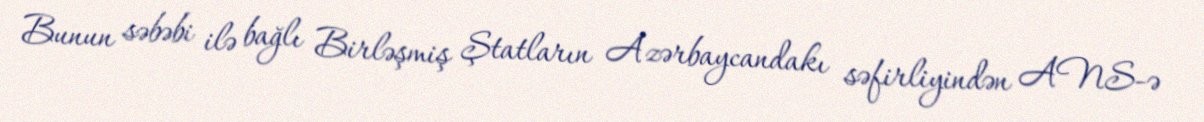
Bunun səbəbi ilə bağlı Birləşmiş Ştatların Azərbaycandakı səfirliyindən ANS-ə